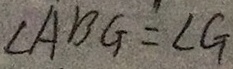
\angle A B G = \angle G